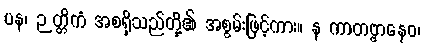
ပန၊ ဉတ္တိကံ အစရှိသည်တို့၏ အစွမ်းဖြင့်ကား။ န ကာတဗ္ဗာနေဝ၊